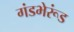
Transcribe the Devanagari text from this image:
गंडभेरूंड